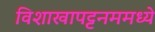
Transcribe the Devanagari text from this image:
विशाखापट्टनममध्ये